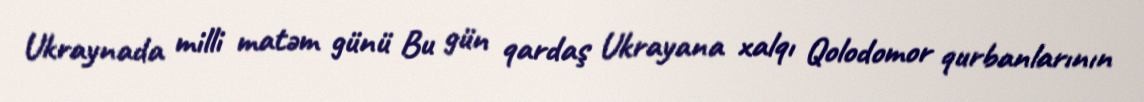
Ukraynada milli matəm günü Bu gün qardaş Ukrayana xalqı Qolodomor qurbanlarının